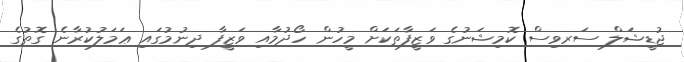
ޖުޑީޝަލް ސަރވިސް ކޮމިޝަނުގެ ވަޒީފާތަކަށް މީހުން ހޯދުމާއި ވަޒީފާ ދިނުމުގައި ޢަމަލުކުރާނެ ގޮތުގެ